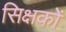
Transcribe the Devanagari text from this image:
सिक्षकों